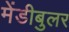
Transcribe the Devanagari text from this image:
मेंडीबुलर